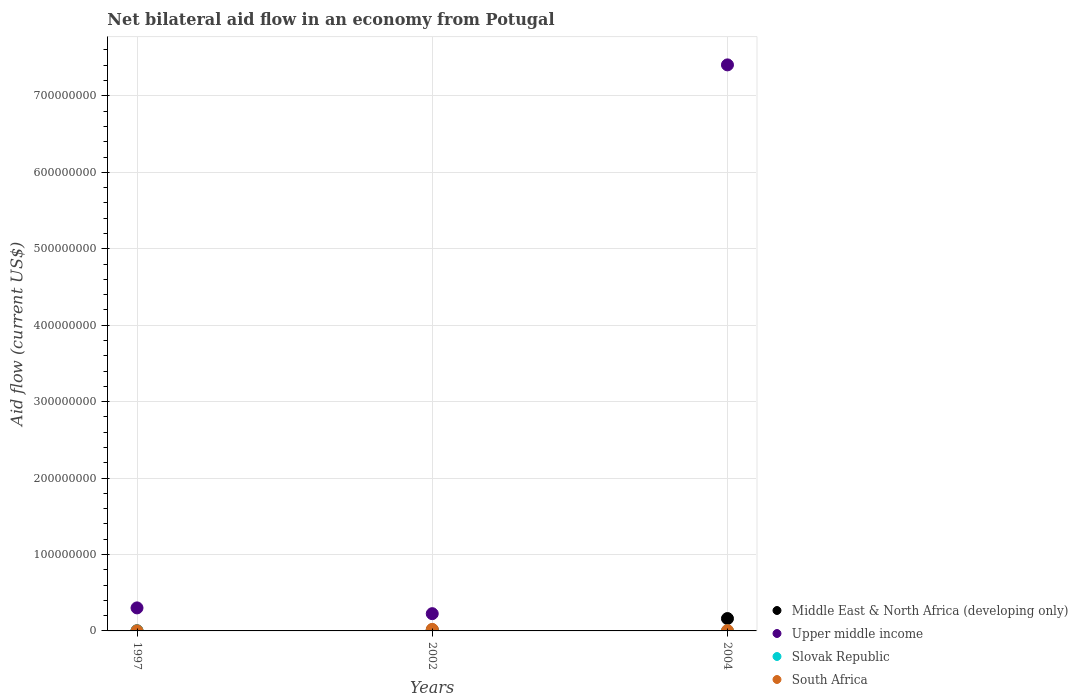
| Years | Middle East & North Africa (developing only) | Upper middle income | Slovak Republic | South Africa |
 | --- | --- | --- | --- | --- |
 | 1997 | 1.3e+05 | 3.01e+07 | 1e+04 | 4e+04 |
 | 2002 | 1.26e+06 | 2.26e+07 | 1e+04 | 2.01e+06 |
 | 2004 | 1.62e+07 | 7.41e+08 | 1e+04 | 4e+05 |